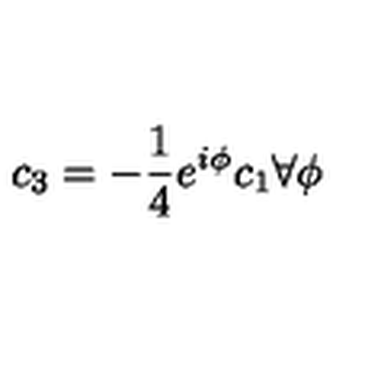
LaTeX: c _ { 3 } = - \frac { 1 } { 4 } e ^ { i \phi } c _ { 1 } \forall \phi